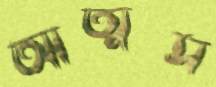
আত্মস